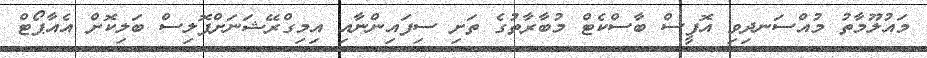
މައުލޫމާތު މުއްސަނދިވި އޮފީސް ބާސްކެޓް މުބާރާތުގެ ތަށި ސިފައިންނާއި އިމިގްރޭޝަނަށްޕޮލިސް ބަލިކޮށް އެއާޕޯޓް